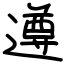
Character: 遵